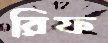
রিফ